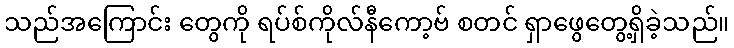
သည်အကြောင်း တွေကို ရပ်စ်ကိုလ်နီကော့ဗ် စတင် ရှာဖွေတွေ့ရှိခဲ့သည်။